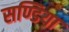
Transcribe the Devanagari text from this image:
सण्डिया